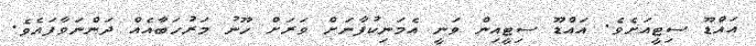
އައްޑޫ ސިޓީއަށެވެ. އައްޑޫ ސިޓީއިން ވަނީ އެމަނިކުފާނަށް ވަރަށް ހޫނު މަރުހަބާއެއް ދަންނަވާފައެވެ.